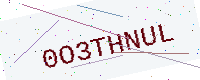
Text: 0O3THNUL